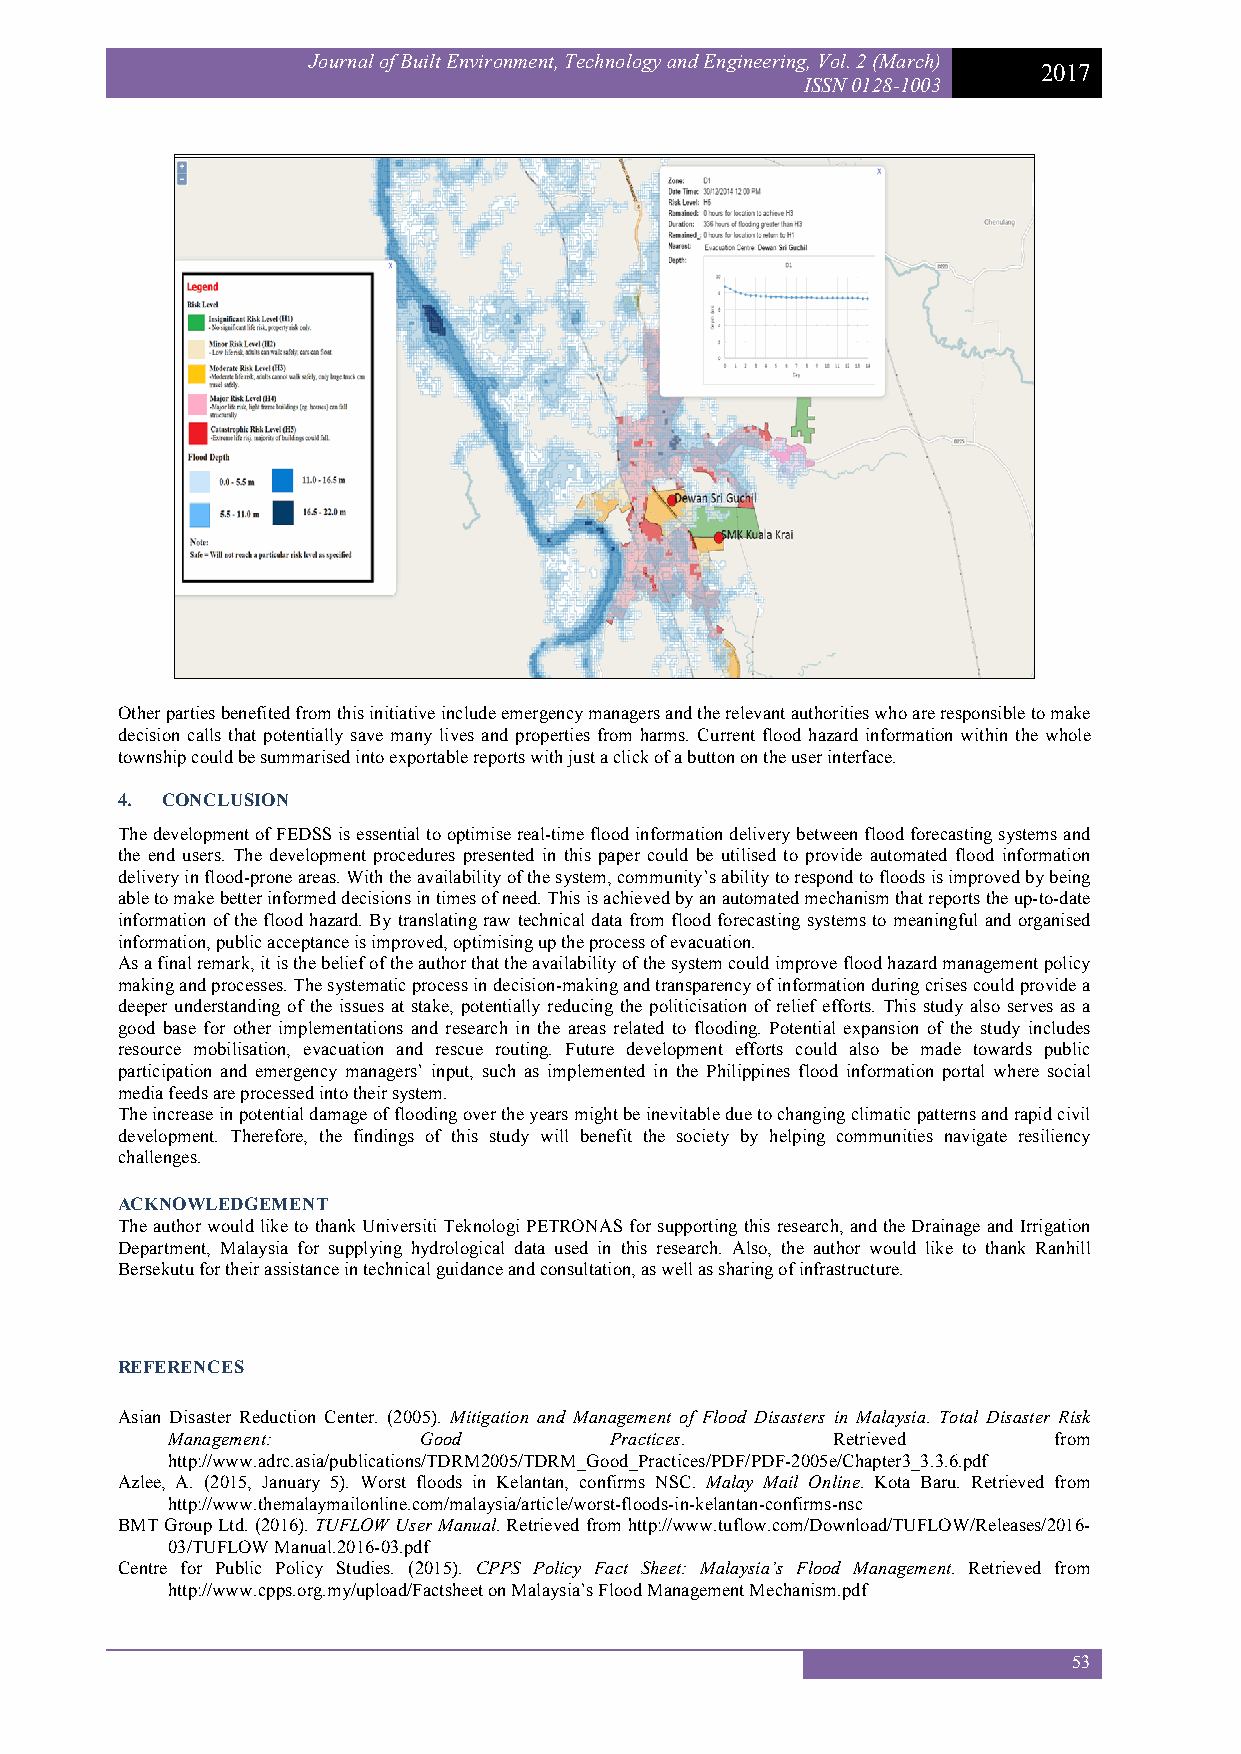
Journal of Built Environment, Technology and Engineering, Vol. 2 (March)
 2017
 ISSN 0128-1003
 Other parties benefited from this initiative include emergency managers and the relevant authorities who are responsible to make
 decision calls that potentially save many lives and properties from harms. Current flood hazard information within the whole
 township could be summarised into exportable reports with just a click of a button on the user interface.
 4. CONCLUSION
 The development of FEDSS is essential to optimise real-time flood information delivery between flood forecasting systems and
 the end users. The development procedures presented in this paper could be utilised to provide automated flood information
 delivery in flood-prone areas. With the availability of the system, community’s ability to respond to floods is improved by being
 able to make better informed decisions in times of need. This is achieved by an automated mechanism that reports the up-to-date
 information of the flood hazard. By translating raw technical data from flood forecasting systems to meaningful and organised
 information, public acceptance is improved, optimising up the process of evacuation.
 As a final remark, it is the belief of the author that the availability of the system could improve flood hazard management policy
 making and processes. The systematic process in decision-making and transparency of information during crises could provide a
 deeper understanding of the issues at stake, potentially reducing the politicisation of relief efforts. This study also serves as a
 good base for other implementations and research in the areas related to flooding. Potential expansion of the study includes
 resource mobilisation, evacuation and rescue routing. Future development efforts could also be made towards public
 participation and emergency managers’ input, such as implemented in the Philippines flood information portal where social
 media feeds are processed into their system.
 The increase in potential damage of flooding over the years might be inevitable due to changing climatic patterns and rapid civil
 development. Therefore, the findings of this study will benefit the society by helping communities navigate resiliency
 challenges.
 ACKNOWLEDGEMENT
 The author would like to thank Universiti Teknologi PETRONAS for supporting this research, and the Drainage and Irrigation
 Department, Malaysia for supplying hydrological data used in this research. Also, the author would like to thank Ranhill
 Bersekutu for their assistance in technical guidance and consultation, as well as sharing of infrastructure.
 REFERENCES
 Asian Disaster Reduction Center. (2005). Mitigation and Management of Flood Disasters in Malaysia. Total Disaster Risk
 Management:      Good        Practices.     Retrieved      from
 http://www.adrc.asia/publications/TDRM2005/TDRM_Good_Practices/PDF/PDF-2005e/Chapter3_3.3.6.pdf
 Azlee, A. (2015, January 5). Worst floods in Kelantan, confirms NSC. Malay Mail Online. Kota Baru. Retrieved from
 http://www.themalaymailonline.com/malaysia/article/worst-floods-in-kelantan-confirms-nsc
 BMT Group Ltd. (2016). TUFLOW User Manual. Retrieved from http://www.tuflow.com/Download/TUFLOW/Releases/2016-
 03/TUFLOW Manual.2016-03.pdf
 Centre for Public Policy Studies. (2015). CPPS Policy Fact Sheet: Malaysia’s Flood Management. Retrieved from
 http://www.cpps.org.my/upload/Factsheet on Malaysia’s Flood Management Mechanism.pdf
 53